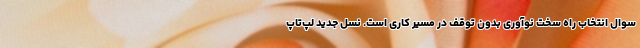
سوال انتخاب راه سخت نوآوری بدون توقف در مسیر کاری است. نسل جدید لپ‌تاپ